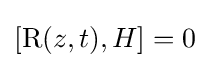
[\operatorname {R} (z,t),H]=0